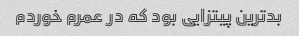
بدترین پیتزایی بود که در عمرم خوردم